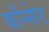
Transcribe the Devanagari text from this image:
कॉन्‍सेप्‍ट